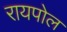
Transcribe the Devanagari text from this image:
रायपोल